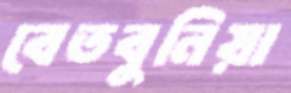
বেতবুনিয়া